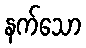
နက်သော